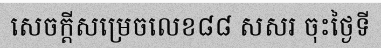
សេចក្តីសម្រេចលេខ៨៨ សសរ ចុះថ្ងៃទី